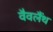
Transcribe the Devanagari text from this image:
वैवलैंथ